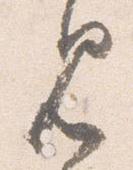
見